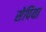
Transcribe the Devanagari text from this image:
सेपिया